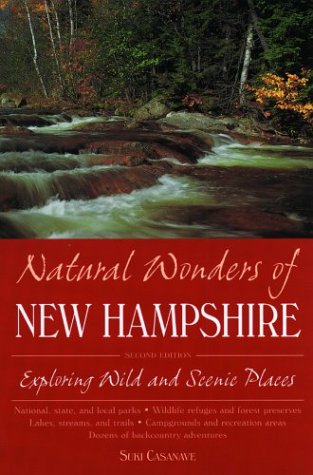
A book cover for Natural Wonders of New Hampshire; Suki Casanave; Travel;